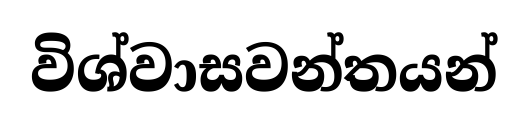
විශ්වාසවන්තයන්